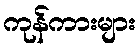
ကုန်ကားများ